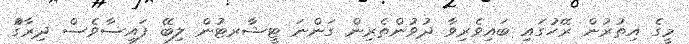
މީގެ އިތުރުން ރޭހުގައި ބައިވެރިވާ ދުވުންތެރިން ގަންނަ ޓީޝާރޓުން ލިބޭ ފައިސާވެސް ދިރާގުް